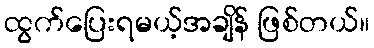
ထွက်ပြေးရမယ့်အချိန် ဖြစ်တယ်။